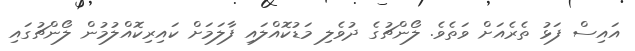
އައިސް ފަޅު ތެރެއަށް ވަތެވެ. ލޯންޗުގެ ދުވެލި މަޑުކޮއްލައި ފާލަމަށް ކައިރިކޮއްލުމުން ލޯންޗުގައި